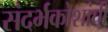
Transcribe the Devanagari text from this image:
संदर्भकोशांची